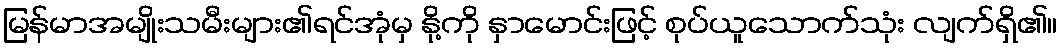
မြန်မာအမျိုးသမီးများ၏ရင်အုံမှ နို့ကို နှာမောင်းဖြင့် စုပ်ယူသောက်သုံး လျက်ရှိ၏။